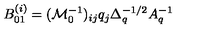
B _ { 0 1 } ^ { ( i ) } = ( \mathcal { M } _ { 0 } ^ { - 1 } ) _ { i j } q _ { j } \Delta _ { q } ^ { - 1 / 2 } A _ { q } ^ { - 1 }